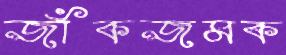
জাঁকজমক